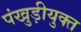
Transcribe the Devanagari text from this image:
पंखुड़ीयुक्त